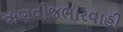
ઋણવીજભારવાહી